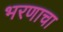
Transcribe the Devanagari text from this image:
भरणाचा